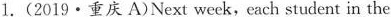
1.(2019·重庆 A)Next week,each student in the